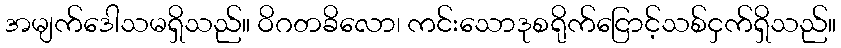
အမျက်ဒေါသမရှိသည်။ ဝိဂတခိလော၊ ကင်းသောဒုစရိုက်ငြောင့်သစ်ငှက်ရှိသည်။